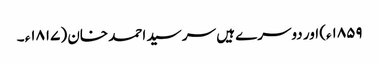
۱۸۵۹ء) اور دوسرے ہیں سر سید احمد خان (۱۸۱۷ء ۔